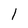
Character: l